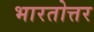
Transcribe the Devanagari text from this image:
भारतोत्तर